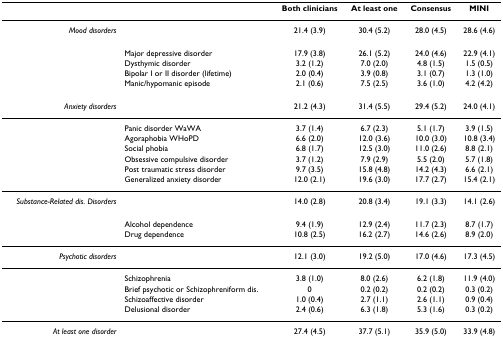
<table><thead><tr><td></td><td></td><td><b>Both clinicians</b></td><td><b>At least one</b></td><td><b>Consensus</b></td><td><b>MINI</b></td></tr></thead><tbody><tr><td><i>Mood disorders</i></td><td></td><td>21.4 (3.9)</td><td>30.4 (5.2)</td><td>28.0 (4.5)</td><td>28.6 (4.6)</td></tr><tr><td></td><td>Major depressive disorder</td><td>17.9 (3.8)</td><td>26.1 (5.2)</td><td>24.0 (4.6)</td><td>22.9 (4.1)</td></tr><tr><td></td><td>Dysthymic disorder</td><td>3.2 (1.2)</td><td>7.0 (2.0)</td><td>4.8 (1.5)</td><td>1.5 (0.5)</td></tr><tr><td></td><td>Bipolar I or II disorder (lifetime)</td><td>2.0 (0.4)</td><td>3.9 (0.8)</td><td>3.1 (0.7)</td><td>1.3 (1.0)</td></tr><tr><td></td><td>Manic/hypomanic episode</td><td>2.1 (0.6)</td><td>7.5 (2.5)</td><td>3.6 (1.0)</td><td>4.2 (4.2)</td></tr><tr><td><i>Anxiety disorders</i></td><td></td><td>21.2 (4.3)</td><td>31.4 (5.5)</td><td>29.4 (5.2)</td><td>24.0 (4.1)</td></tr><tr><td></td><td>Panic disorder WaWA</td><td>3.7 (1.4)</td><td>6.7 (2.3)</td><td>5.1 (1.7)</td><td>3.9 (1.5)</td></tr><tr><td></td><td>Agoraphobia WHoPD</td><td>6.6 (2.0)</td><td>12.0 (3.6)</td><td>10.0 (3.0)</td><td>10.8 (3.4)</td></tr><tr><td></td><td>Social phobia</td><td>6.8 (1.7)</td><td>12.5 (3.0)</td><td>11.0 (2.6)</td><td>8.8 (2.1)</td></tr><tr><td></td><td>Obsessive compulsive disorder</td><td>3.7 (1.2)</td><td>7.9 (2.9)</td><td>5.5 (2.0)</td><td>5.7 (1.8)</td></tr><tr><td></td><td>Post traumatic stress disorder</td><td>9.7 (3.5)</td><td>15.8 (4.8)</td><td>14.2 (4.3)</td><td>6.6 (2.1)</td></tr><tr><td></td><td>Generalized anxiety disorder</td><td>12.0 (2.1)</td><td>19.6 (3.0)</td><td>17.7 (2.7)</td><td>15.4 (2.1)</td></tr><tr><td><i>Substance-Related dis. Disorders</i></td><td></td><td>14.0 (2.8)</td><td>20.8 (3.4)</td><td>19.1 (3.3)</td><td>14.1 (2.6)</td></tr><tr><td></td><td>Alcohol dependence</td><td>9.4 (1.9)</td><td>12.9 (2.4)</td><td>11.7 (2.3)</td><td>8.7 (1.7)</td></tr><tr><td></td><td>Drug dependence</td><td>10.8 (2.5)</td><td>16.2 (2.7)</td><td>14.6 (2.6)</td><td>8.9 (2.0)</td></tr><tr><td><i>Psychotic disorders</i></td><td></td><td>12.1 (3.0)</td><td>19.2 (5.0)</td><td>17.0 (4.6)</td><td>17.3 (4.5)</td></tr><tr><td></td><td>Schizophrenia</td><td>3.8 (1.0)</td><td>8.0 (2.6)</td><td>6.2 (1.8)</td><td>11.9 (4.0)</td></tr><tr><td></td><td>Brief psychotic or Schizophreniform dis.</td><td>0</td><td>0.2 (0.2)</td><td>0.2 (0.2)</td><td>0.3 (0.2)</td></tr><tr><td></td><td>Schizoaffective disorder</td><td>1.0 (0.4)</td><td>2.7 (1.1)</td><td>2.6 (1.1)</td><td>0.9 (0.4)</td></tr><tr><td></td><td>Delusional disorder</td><td>2.4 (0.6)</td><td>6.3 (1.8)</td><td>5.3 (1.6)</td><td>0.3 (0.2)</td></tr><tr><td><i>At least one disorder</i></td><td></td><td>27.4 (4.5)</td><td>37.7 (5.1)</td><td>35.9 (5.0)</td><td>33.9 (4.8)</td></tr></tbody></table>